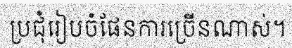
ប្រជុំរៀបចំផែនការច្រើនណាស់។